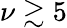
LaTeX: \nu\gtrsim 5